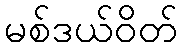
မစ်ဒယ်ဝိတ်